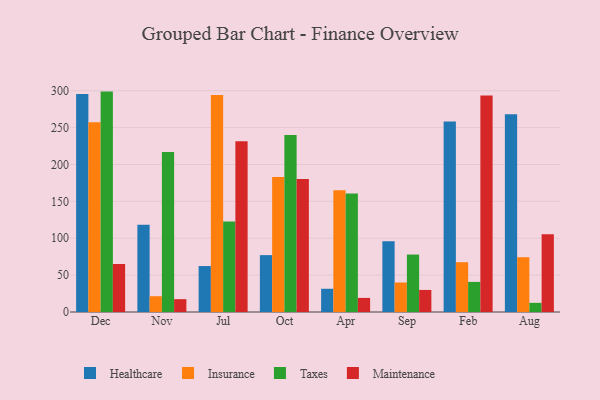
{"axis": {"x": "Month", "y": "Revenue (USD Million)"}, "legend": ["Healthcare", "Insurance", "Maintenance", "Taxes"], "data": [{"x": "Dec", "y": 295.4, "type": "Healthcare"}, {"x": "Dec", "y": 257.1, "type": "Insurance"}, {"x": "Dec", "y": 298.8, "type": "Taxes"}, {"x": "Dec", "y": 65.1, "type": "Maintenance"}, {"x": "Nov", "y": 118.3, "type": "Healthcare"}, {"x": "Nov", "y": 21.4, "type": "Insurance"}, {"x": "Nov", "y": 216.8, "type": "Taxes"}, {"x": "Nov", "y": 17.4, "type": "Maintenance"}, {"x": "Jul", "y": 62.3, "type": "Healthcare"}, {"x": "Jul", "y": 294.1, "type": "Insurance"}, {"x": "Jul", "y": 122.6, "type": "Taxes"}, {"x": "Jul", "y": 231.6, "type": "Maintenance"}, {"x": "Oct", "y": 77.1, "type": "Healthcare"}, {"x": "Oct", "y": 183.1, "type": "Insurance"}, {"x": "Oct", "y": 240.0, "type": "Taxes"}, {"x": "Oct", "y": 180.3, "type": "Maintenance"}, {"x": "Apr", "y": 31.5, "type": "Healthcare"}, {"x": "Apr", "y": 164.9, "type": "Insurance"}, {"x": "Apr", "y": 160.7, "type": "Taxes"}, {"x": "Apr", "y": 19.1, "type": "Maintenance"}, {"x": "Sep", "y": 95.9, "type": "Healthcare"}, {"x": "Sep", "y": 40.0, "type": "Insurance"}, {"x": "Sep", "y": 77.9, "type": "Taxes"}, {"x": "Sep", "y": 29.9, "type": "Maintenance"}, {"x": "Feb", "y": 258.1, "type": "Healthcare"}, {"x": "Feb", "y": 67.5, "type": "Insurance"}, {"x": "Feb", "y": 40.8, "type": "Taxes"}, {"x": "Feb", "y": 293.5, "type": "Maintenance"}, {"x": "Aug", "y": 268.2, "type": "Healthcare"}, {"x": "Aug", "y": 74.3, "type": "Insurance"}, {"x": "Aug", "y": 12.4, "type": "Taxes"}, {"x": "Aug", "y": 105.4, "type": "Maintenance"}]}